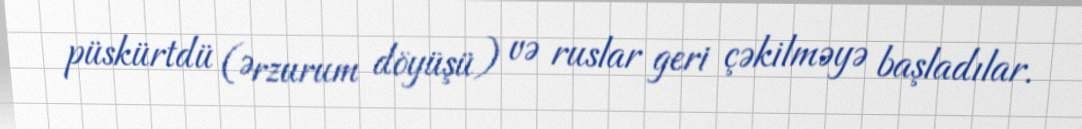
püskürtdü (Ərzurum döyüşü) və ruslar geri çəkilməyə başladılar.